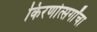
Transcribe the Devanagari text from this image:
किरणोत्सर्गांचा